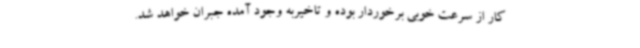
کار از سرعت خوبی برخوردار بوده و تاخیربه وجود آمده جبران خواهد شد.